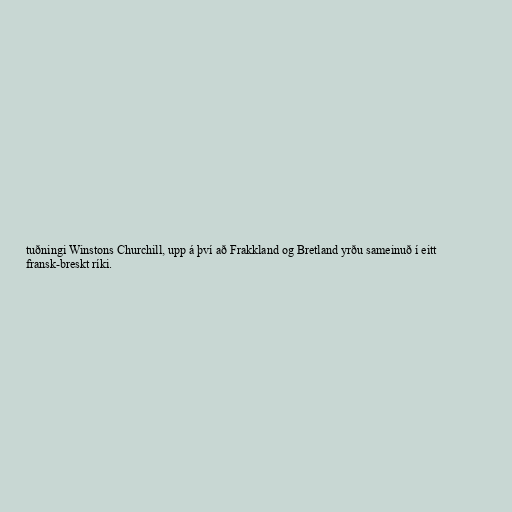
tuðningi Winstons Churchill, upp á því að Frakkland og Bretland yrðu sameinuð í eitt
fransk-breskt ríki.